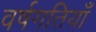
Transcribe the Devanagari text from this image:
वर्षगतियाँ